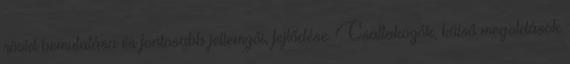
rövid bemutatása és fontosabb jellemzői, fejlődése. Csatlakozók, külső megoldások